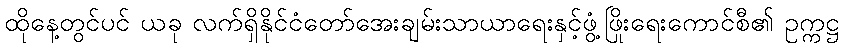
ထိုနေ့တွင်ပင် ယခု လက်ရှိနိုင်ငံတော်အေးချမ်းသာယာရေးနှင့်ဖွံ့ဖြိုးရေးကောင်စီ၏ ဥက္ကဋ္ဌ